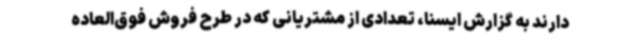
دارند به گزارش ایسنا، تعدادی از مشتریانی که در طرح فروش فوق‌العاده